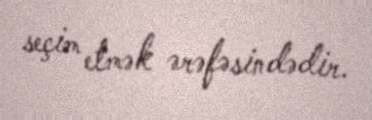
seçim etmək ərəfəsindədir.